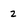
Character: z